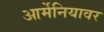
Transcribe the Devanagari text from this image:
आर्मेनियावर